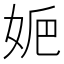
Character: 㛂